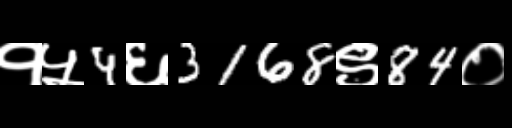
Text: १५4६3168९84०